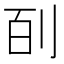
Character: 㓦